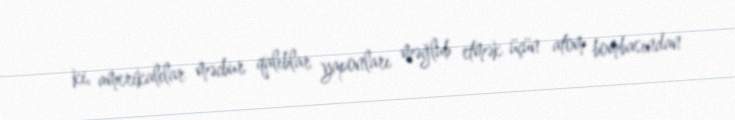
ki, amerikalılar məcbur qalıblar yaponları məğlub etmək üçün atom bombasından